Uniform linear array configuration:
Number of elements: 8
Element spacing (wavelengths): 0.5
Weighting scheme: exponential
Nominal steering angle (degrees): -15
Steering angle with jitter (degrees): -14.126
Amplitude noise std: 0.05
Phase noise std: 0.05

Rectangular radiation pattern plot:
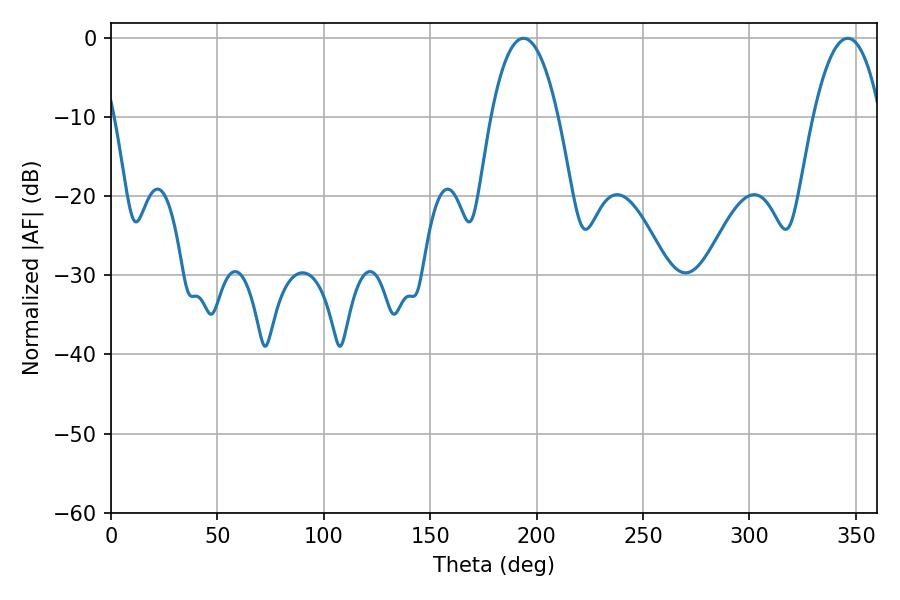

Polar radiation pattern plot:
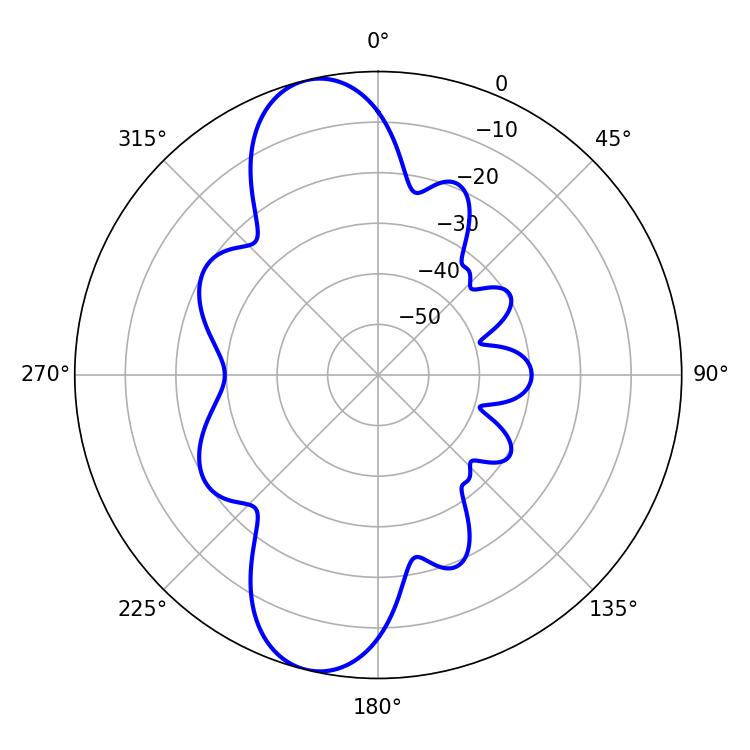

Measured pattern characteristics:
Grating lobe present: FALSE
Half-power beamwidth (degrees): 17.46
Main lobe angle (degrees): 193.86